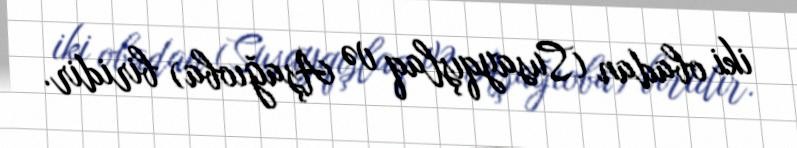
iki obadan (Susayqışlaq və Aşağıoba) biridir.